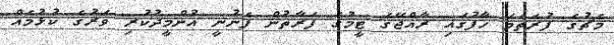
މެޗުގެ ފުރަތަމަ ހާފުގައި ރާއްޖޭގެ ޓީމުގެ ފަރާތުން ފެނުނީ އުންމީދުކުރި ވަރުގެ ކުޅުމެއް